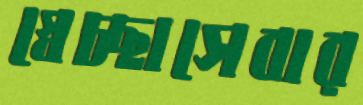
স্বেচ্ছাসেবার